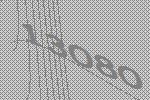
13080